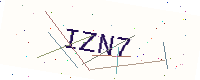
Text: IZN7